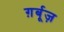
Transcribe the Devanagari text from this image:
ग़र्बूज़